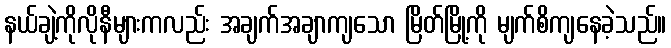
နယ်ချဲ့ကိုလိုနီများကလည်း အချက်အချာကျသော မြိတ်မြို့ကို မျက်စိကျနေခဲ့သည်။